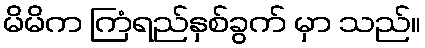
မိမိက ကြံရည်နှစ်ခွက် မှာ သည်။